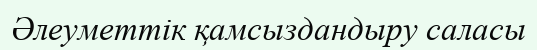
Әлеуметтік қамсыздандыру саласы